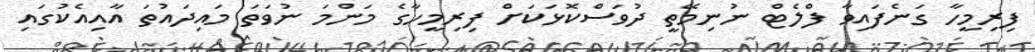
ފިރިމީހާ ގަނެފައިވާ ފްލެޓް ނުނިމޭތީ ދުވަސްކޮޅަކަށް ފިރިމީހާގެ މަންމަ ނުވަތަ މައިދައުތަ އާއިއެކުގައި